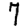
Digit: 7